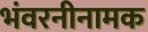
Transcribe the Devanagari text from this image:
भंवरनीनामक